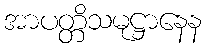
အာပတ္တိသမုဋ္ဌာနေန